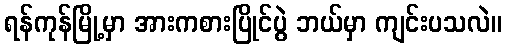
ရန်ကုန်မြို့မှာ အားကစားပြိုင်ပွဲ ဘယ်မှာ ကျင်းပသလဲ။